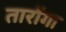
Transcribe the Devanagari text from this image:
तारोंगा